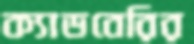
ক্যাডবেরির